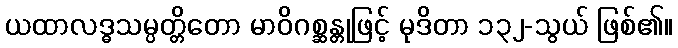
ယထာလဒ္ဓသမ္ပတ္တိတော မာဝိဂစ္ဆန္တုဖြင့် မုဒိတာ ၁၃၂-သွယ် ဖြစ်၏။